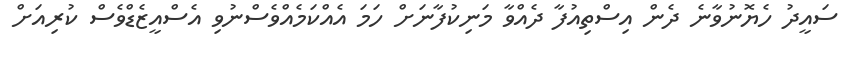
ސައީދު ހެޔޮނުވާނެ ދެން އިސްތިއުފާ ދެއްވާ މަނިކުފާނަށް ހަމަ އެއްކަމެއްވެސްނުވި އެސްއީޒެޑްވެސް ކުރިއަށް